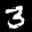
Label: 3